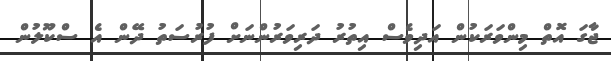
ޖާގަ އޮތް މިންވަރަކުން އަދިވެސް އިތުރު ދަރިވަރުންނަށް ފުރުސަތު ދޭން އެ ސްކޫލުން